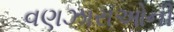
વણઝારાઓની